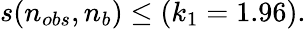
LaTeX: s(n_{obs},n_{b})\leq(k_{1}=1.96).